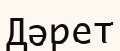
Дәрет